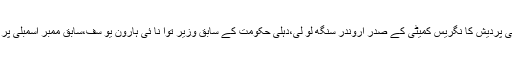
پریس کا نفرنس میں شکیل احمد کے علا وہ دہلی پردیش کا نگریس کمیٹی کے صدر اروندر سنگھ لو لی،دہلی حکومت کے سابق وزیر توا نا ئی ہارون یو سف،سابق ممبر اسمبلی پر ہلاد سنگھ ساہنی اور کلجیت نا گرا شامل تھے۔